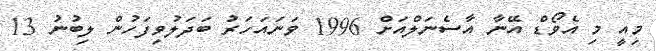
މިއީ މި އެވޯޑް އޭނާ އާސެނަލްއަށް 1996 ވަނައަހަރު ބަދަލުވިފަހުން ލިބުނު 13